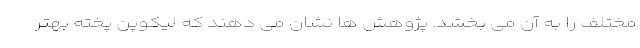
مختلف را به آن می بخشد. پژوهش ها نشان می دهند که لیکوپن پخته بهتر